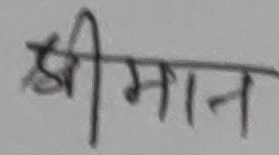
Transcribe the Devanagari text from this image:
श्रीमान